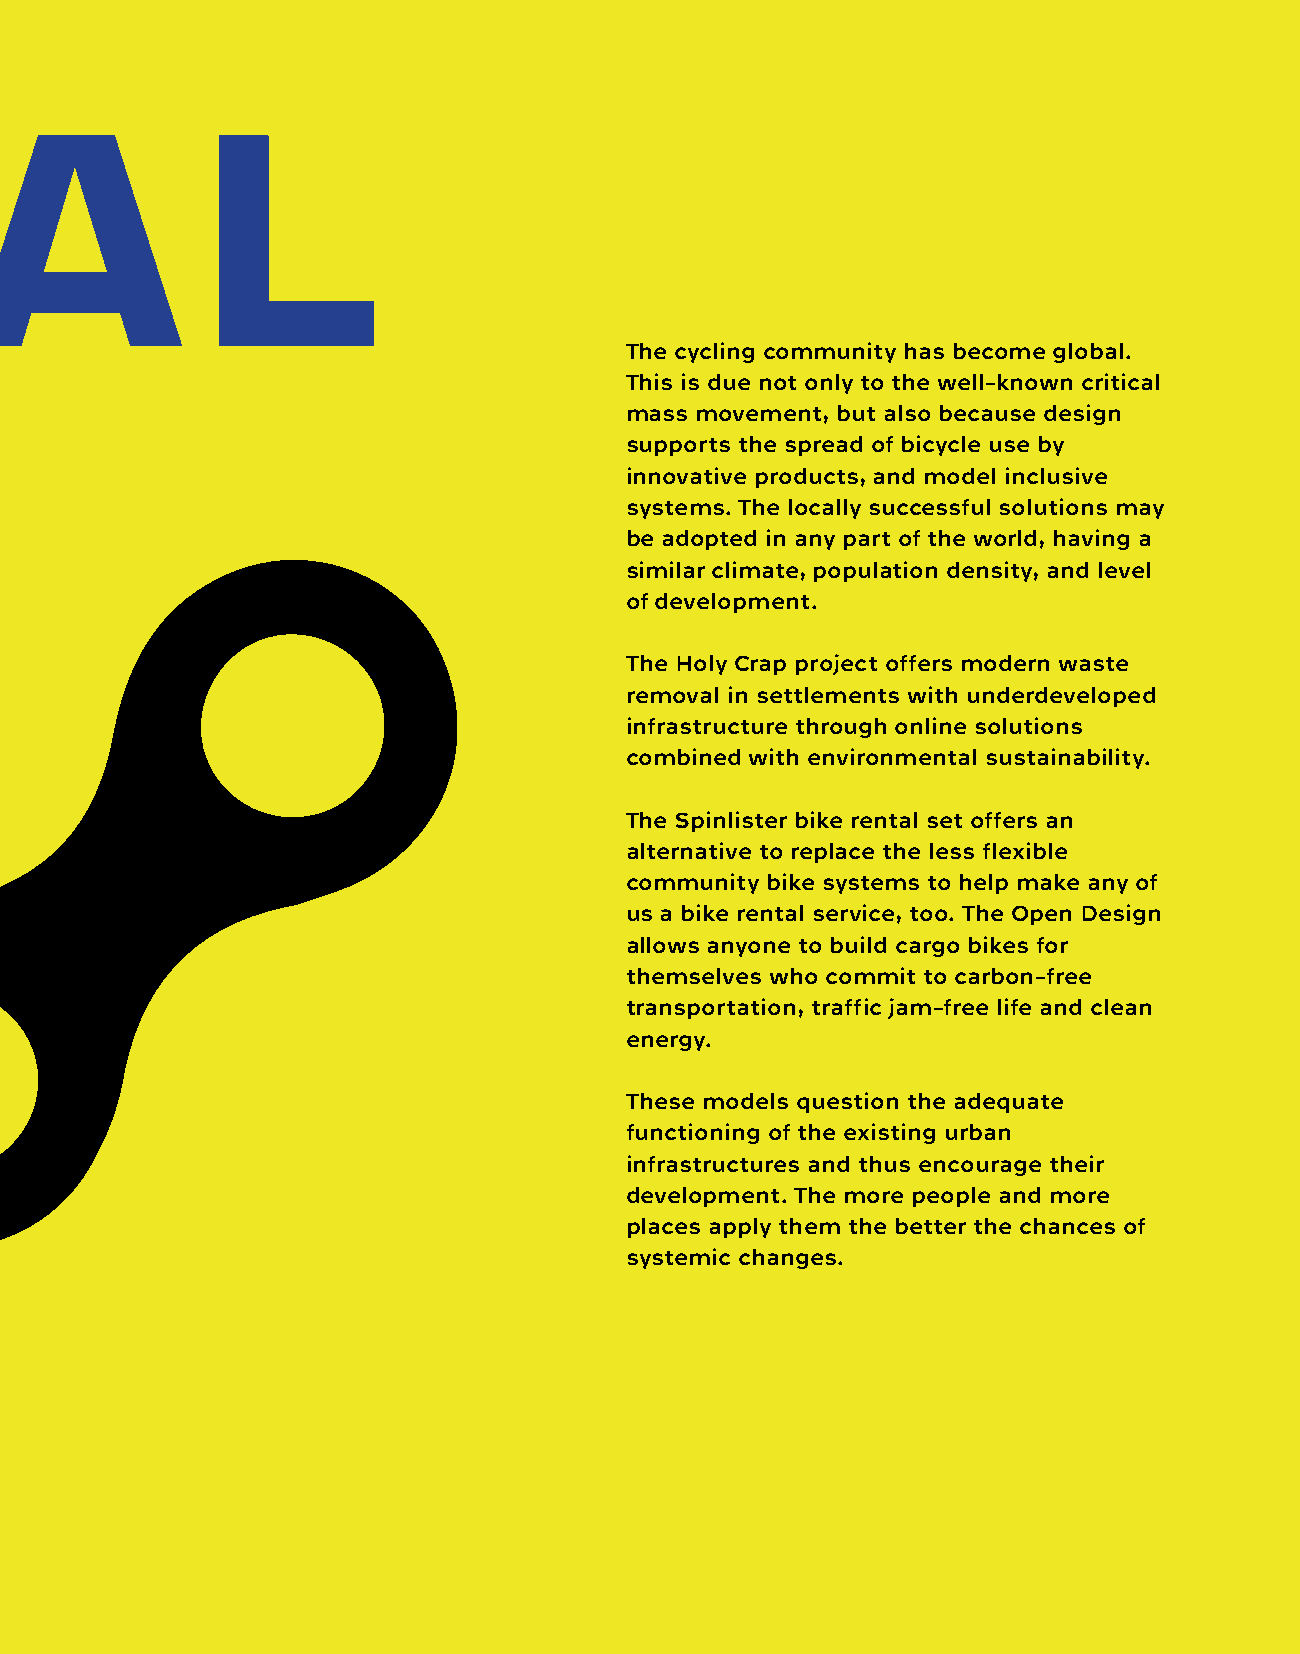
CRITICAL
 The cycling community has become global.
 This is due not only to the well-known critical
 mass movement, but also because design
 supports the spread of bicycle use by
 innovative products, and model inclusive
 MASS                                     systems. The locally successful solutions may
 be adopted in any part of the world, having a
 similar climate, population density, and level
 of development.
 The Holy Crap project offers modern waste
 removal in settlements with underdeveloped
 infrastructure through online solutions
 combined with environmental sustainability.
 The Spinlister bike rental set offers an
 alternative to replace the less flexible
 community bike systems to help make any of
 us a bike rental service, too. The Open Design
 allows anyone to build cargo bikes for
 themselves who commit to carbon-free
 transportation, traffic jam-free life and clean
 energy.
 These models question the adequate
 functioning of the existing urban
 infrastructures and thus encourage their
 development. The more people and more
 places apply them the better the chances of
 systemic changes.
 135